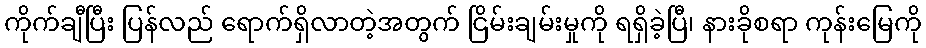
ကိုက်ချီပြီး ပြန်လည် ရောက်ရှိလာတဲ့အတွက် ငြိမ်းချမ်းမှုကို ရရှိခဲ့ပြီ၊ နားခိုစရာ ကုန်းမြေကို